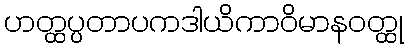
ဟတ္ထပ္ပတာပကဒါယိကာဝိမာနဝတ္ထု